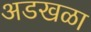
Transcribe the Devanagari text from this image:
अडखळा